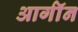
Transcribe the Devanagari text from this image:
आर्गॉन